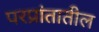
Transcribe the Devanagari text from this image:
परप्रांतातील